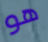
هو